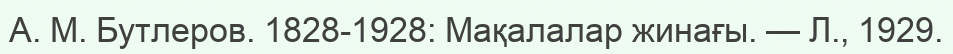
А. М. Бутлеров. 1828-1928: Мақалалар жинағы. — Л., 1929.